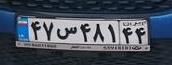
۴۷س۴۸۱۴۴